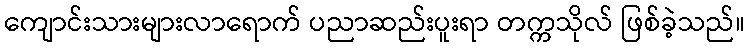
ကျောင်းသားများလာရောက် ပညာဆည်းပူးရာ တက္ကသိုလ် ဖြစ်ခဲ့သည်။